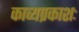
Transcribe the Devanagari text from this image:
काव्यप्रकाशः